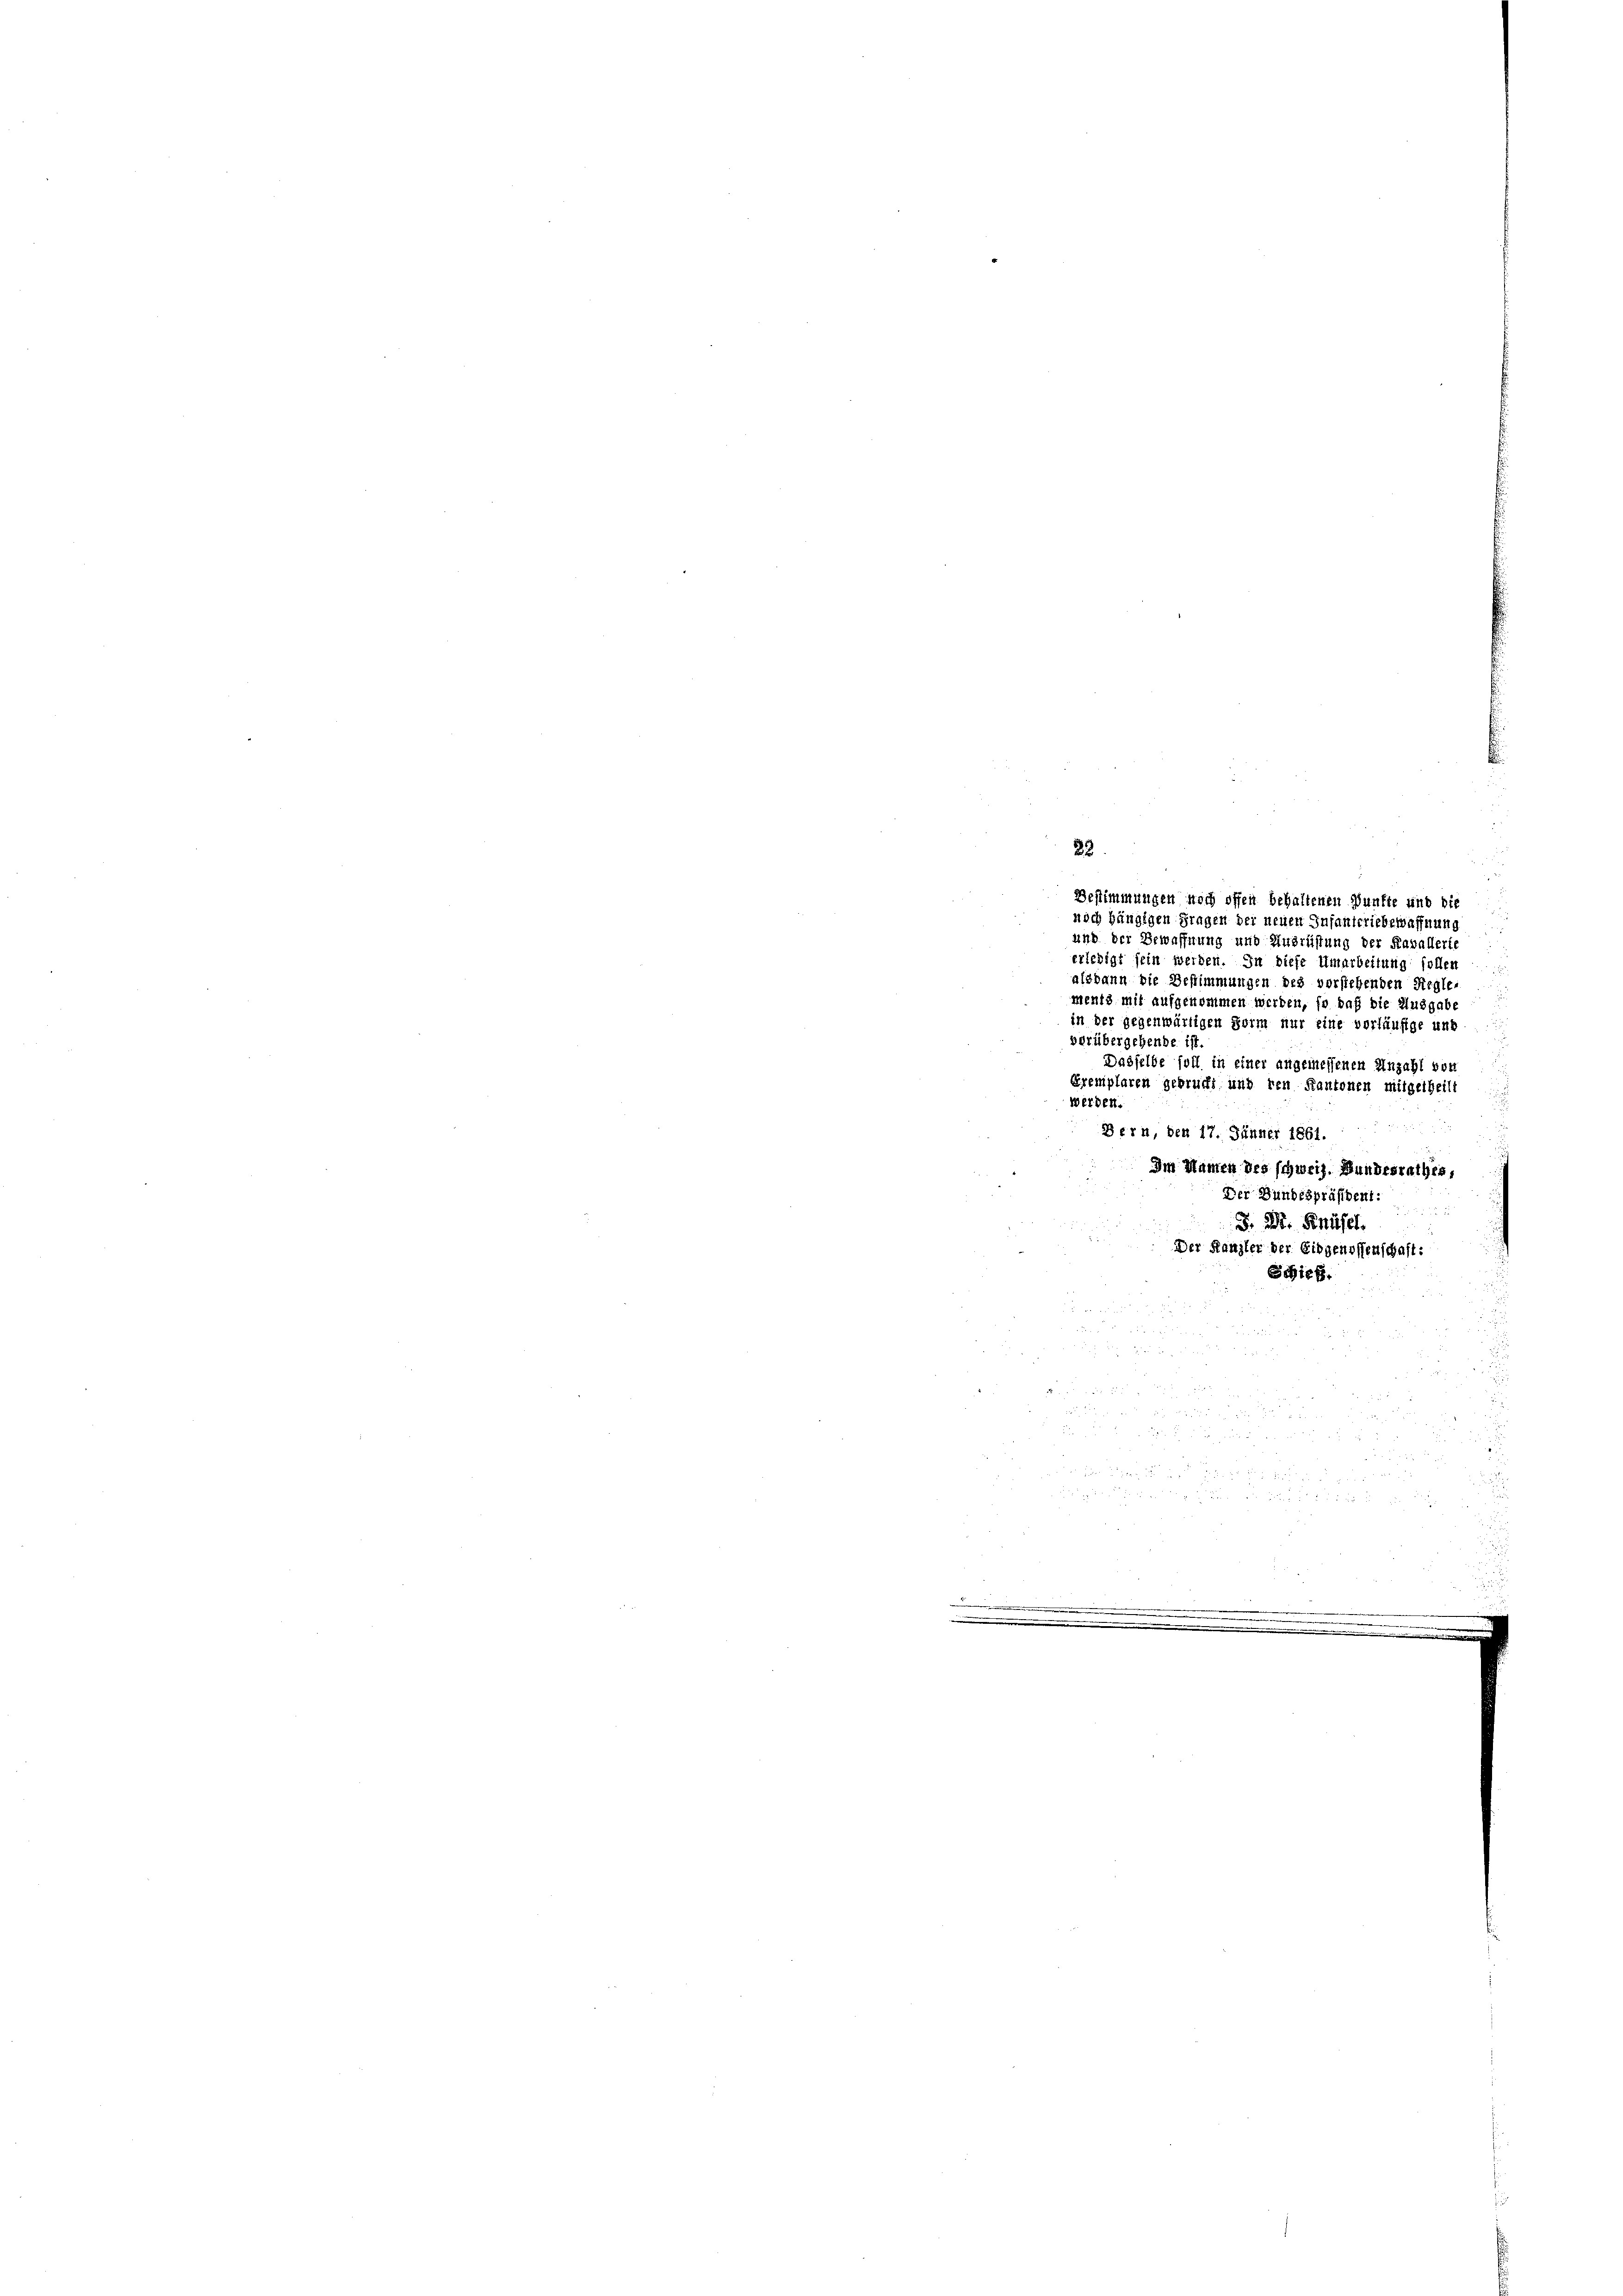
in der gegenwärtigen Form nur eine vorläufige und
vorübergehende ist
Dasselbe soll in einer angemessenen Anzahl von
Eremplaren gebrucht und den Kantonen mitgetheilt
werden.
Bern, den 17. Jänner 1861.

Bestimmungen noch offen behaltenen Punkte und bie
noch hängigen Fragen der neuen Infanteriebewaffnung
und der Bewaffnung und Ausrüstung der Raballerie
erledigt sein werden. In diese Umarbeitung follen
alsdann die Bestimmungen des vorstehenden Reglements mit aufgenommen werden, so daß die Ausgabe

d

Im Manten des schweiz. Bundesrathes,
Der Bundespräsident:
F. Dr. Knüsel.
Der Kanzler der Eidgenossenschaft:
Schief
5
wer
 x 2
d
 5 15
.
un